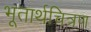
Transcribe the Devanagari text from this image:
भूतार्थचित्रण